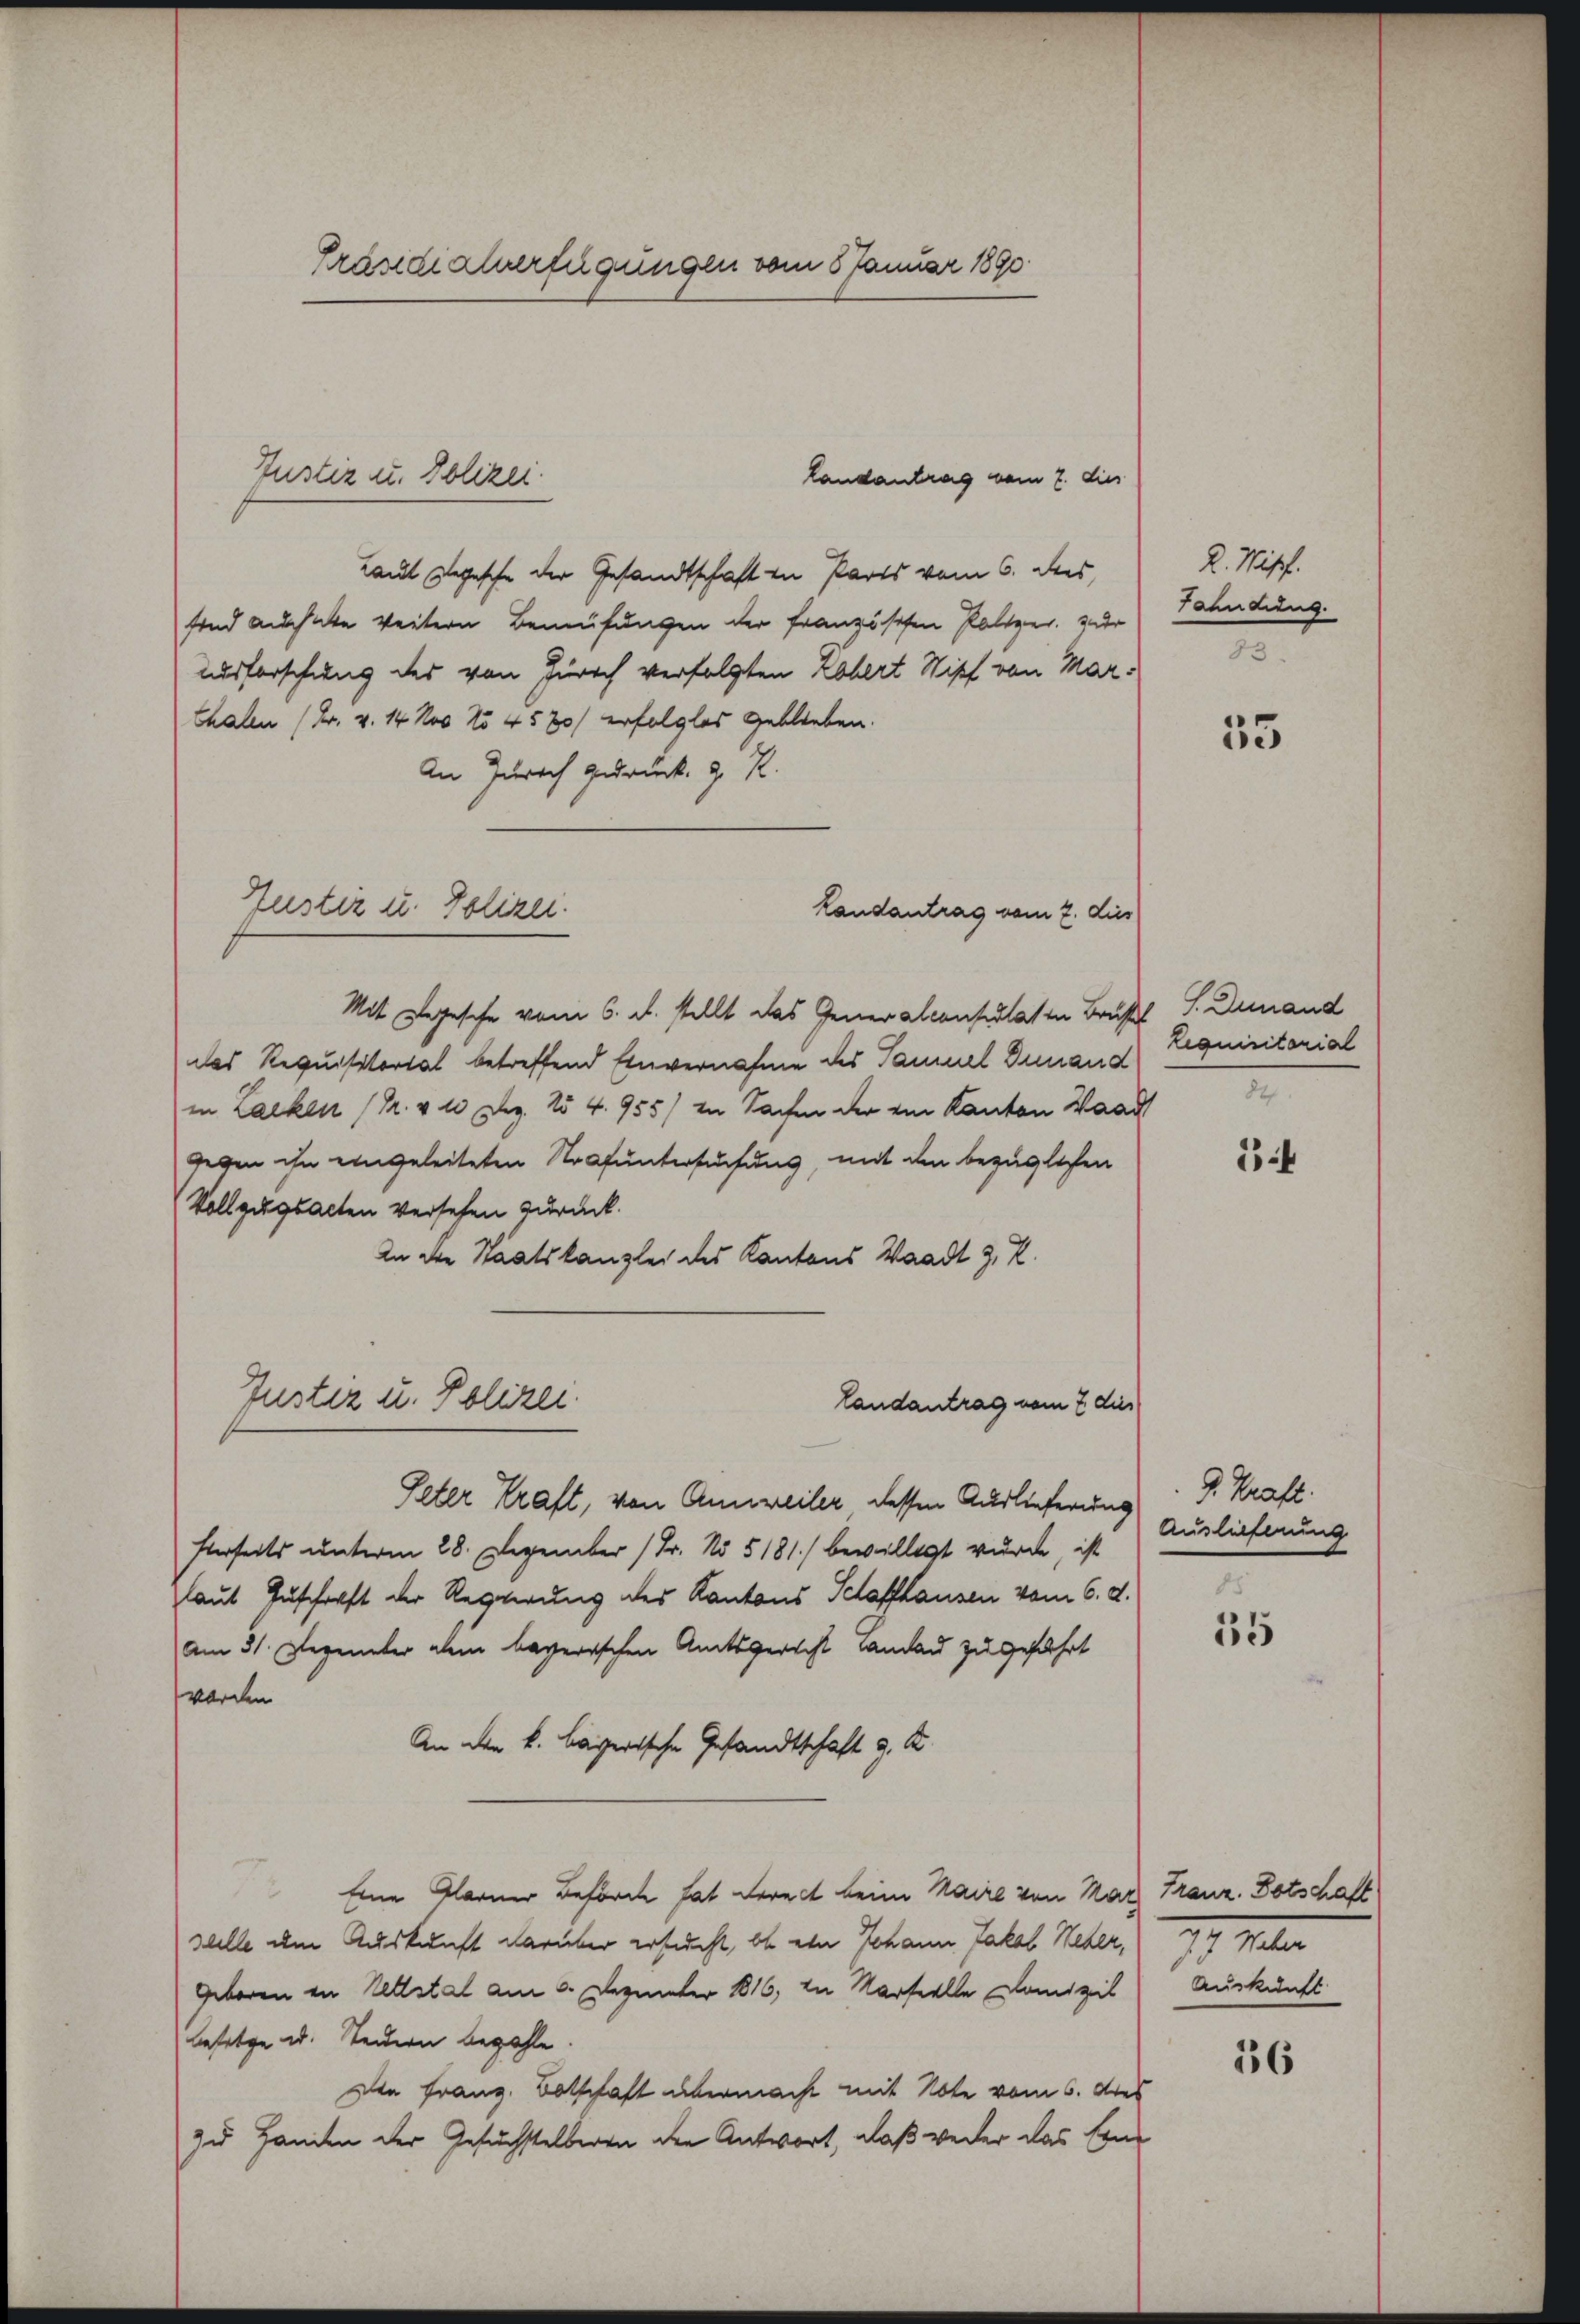
Präsidialverfügungen vom 5 Januar 1890

Landantrag vom 2. dies
Laut Segesche der Gesandtschaft in Parts vom 6. des
sind auchete weitern Bemühungen der französchen Paltzer, zur
ausforschung des von Zürich verfolgten Robert Stipf von Marthalen (Fr. v. 14 Noo No 4580) erfolglos geblieben.
An Zürich gedruck. z. R.
Mit Segesche vom 6. d. stellt das Generalconsulaten Brust S. Dunand
das Requisitorial betreffend Einvernahme des Tamuel Zunand
in Lacken (Pr. v 1 Dez. 154. 955/ in Sachen der ein Kanton Waad
gegen ihn eingeleiteten Strafuntersuchung, mit den bezüglichen
Vollzugsacten versehen zurück.
An die Staatskanzlei des Kantons Waadt z. Z.
Justiz u. Polizei.
landantrag vom 7 dies
Peter Kraft, von Anweiler dessen Auslieferung I. Kraft.
fterseits unterm 28. Dezember (Fr. No 5181) bewilligt wurde, ist
laut Zuschrift der Regierung des Kantons Schaffhausen vom 6. d.
Am 31. Dezember alem bayerischen Amtsgericht lanau zu gefahrt
worden
An die k. bayerische Gesandtschaft z. B.
Eine Glarner Beförde hat derect beim Maire von Mar Franz. Botschaft
stelle um Auskunft darüber ersucht, ob ein Johann Jakob Weber,
Geboren in Weltstal am 6. Dezuunter 1816, in Marseelle Domizil Auskunft
besitze u. Steidern bezahle.
Den Franz Botschaft übermacht mit Note vom 6. des
zu Handen der Gesuchstelleren der Antwort, daß weder das Erne

Justiz u. Polizei.

Justiz u. Polizei.

Landantrag vom 7. dies

D. Mißf.
Tahndung.

55

Lequisitarial

1:4

Auslieferung

d
35

11. M

36